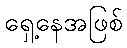
ရှေ့နေအဖြစ်